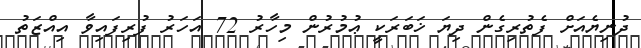
ދުނިޔެއަށް ފެތުރިގެން ދިޔަ ޚަބަރަކީ ޢުމުރުން މިހާރު 72 އަހަރު ފުރިފައިވާ އިއްޒަތު